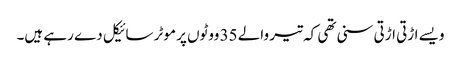
ویسے اڑتی اڑتی سنی تھی کہ تیر والے 35 ووٹوں پر موٹر سائیکل دے رہے ہیں۔